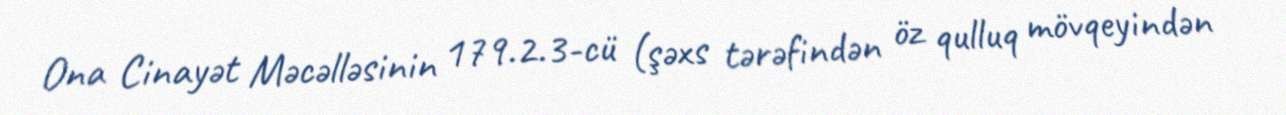
Ona Cinayət Məcəlləsinin 179.2.3-cü (şəxs tərəfindən öz qulluq mövqeyindən